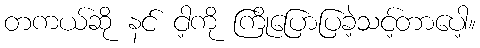
တကယ်ဆို နင် ငါ့ကို ကြိုပြောပြခဲ့သင့်တာပေါ့။